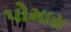
પોમાસ